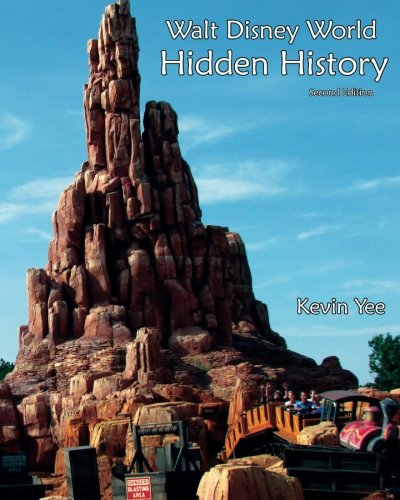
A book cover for Walt Disney World Hidden History Second Edition; Kevin Yee; Travel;